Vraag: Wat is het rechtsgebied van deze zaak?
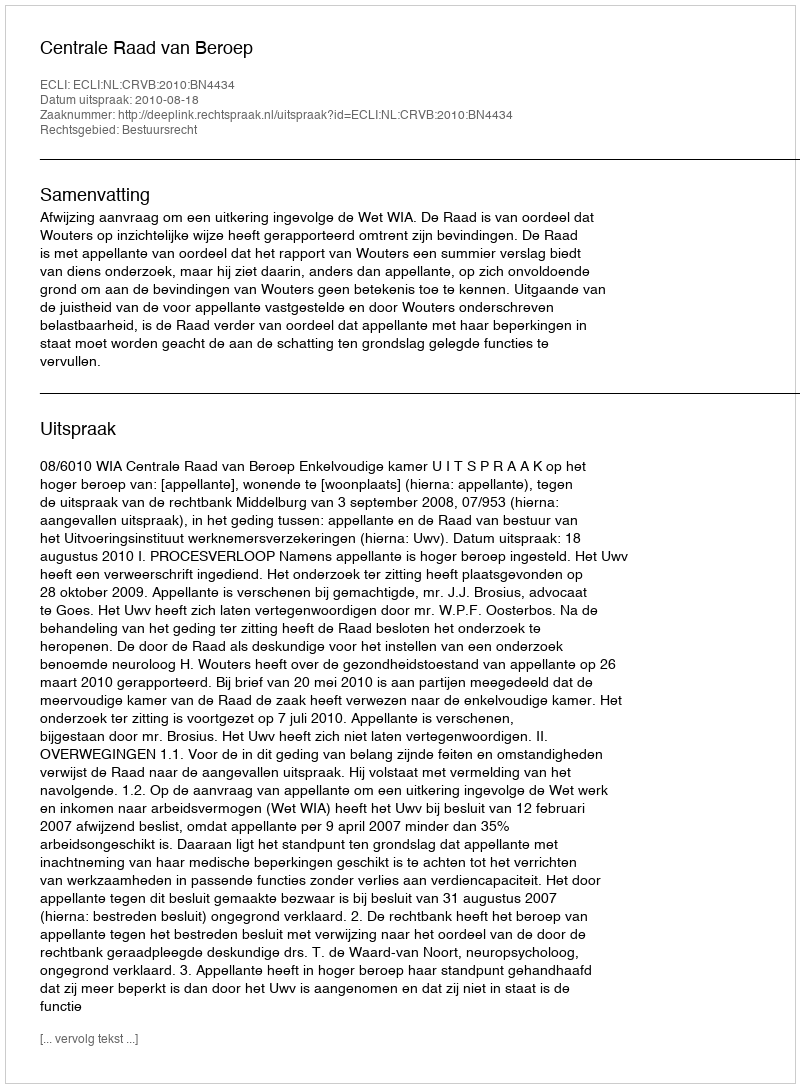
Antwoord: Bestuursrecht